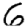
Digit: 6